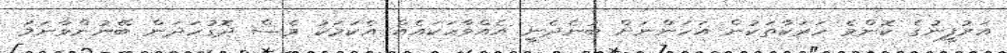
އަރުފީނުގެ ކޮންމެ ހަރަކާތަކުން އަހަންނަށް ބުނެދެނީ އެއްވާހަކައެއް އެކަމަކު ވެސް ދޮގުހަދަން ބޭނުންވާނަމަ